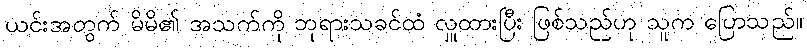
ယင်းအတွက် မိမိ၏ အသက်ကို ဘုရားသခင်ထံ လှူထားပြီး ဖြစ်သည်ဟု သူက ပြောသည်။